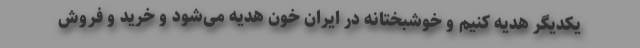
یکدیگر هدیه کنیم و خوشبختانه در ایران خون هدیه می‌شود و خرید و فروش